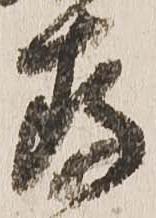
存